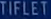
TIFLET